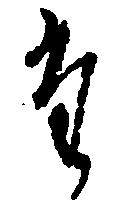
た